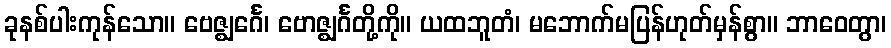
ခုနစ်ပါးကုန်သော။ ဗေဇ္ဈင်္ဂေ၊ ဗောဇ္ဈင်္ဂတို့ကို။ ယထဘူတံ၊ မဘောက်မပြန်ဟုတ်မှန်စွာ။ ဘာဝေတွာ၊